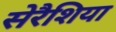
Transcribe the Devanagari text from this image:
सेरैशिया